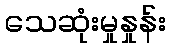
သေဆုံးမှုနှုန်း